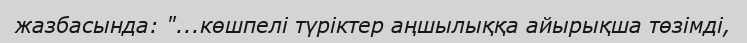
жазбасында: "...көшпелі түріктер аңшылыққа айырықша төзімді,